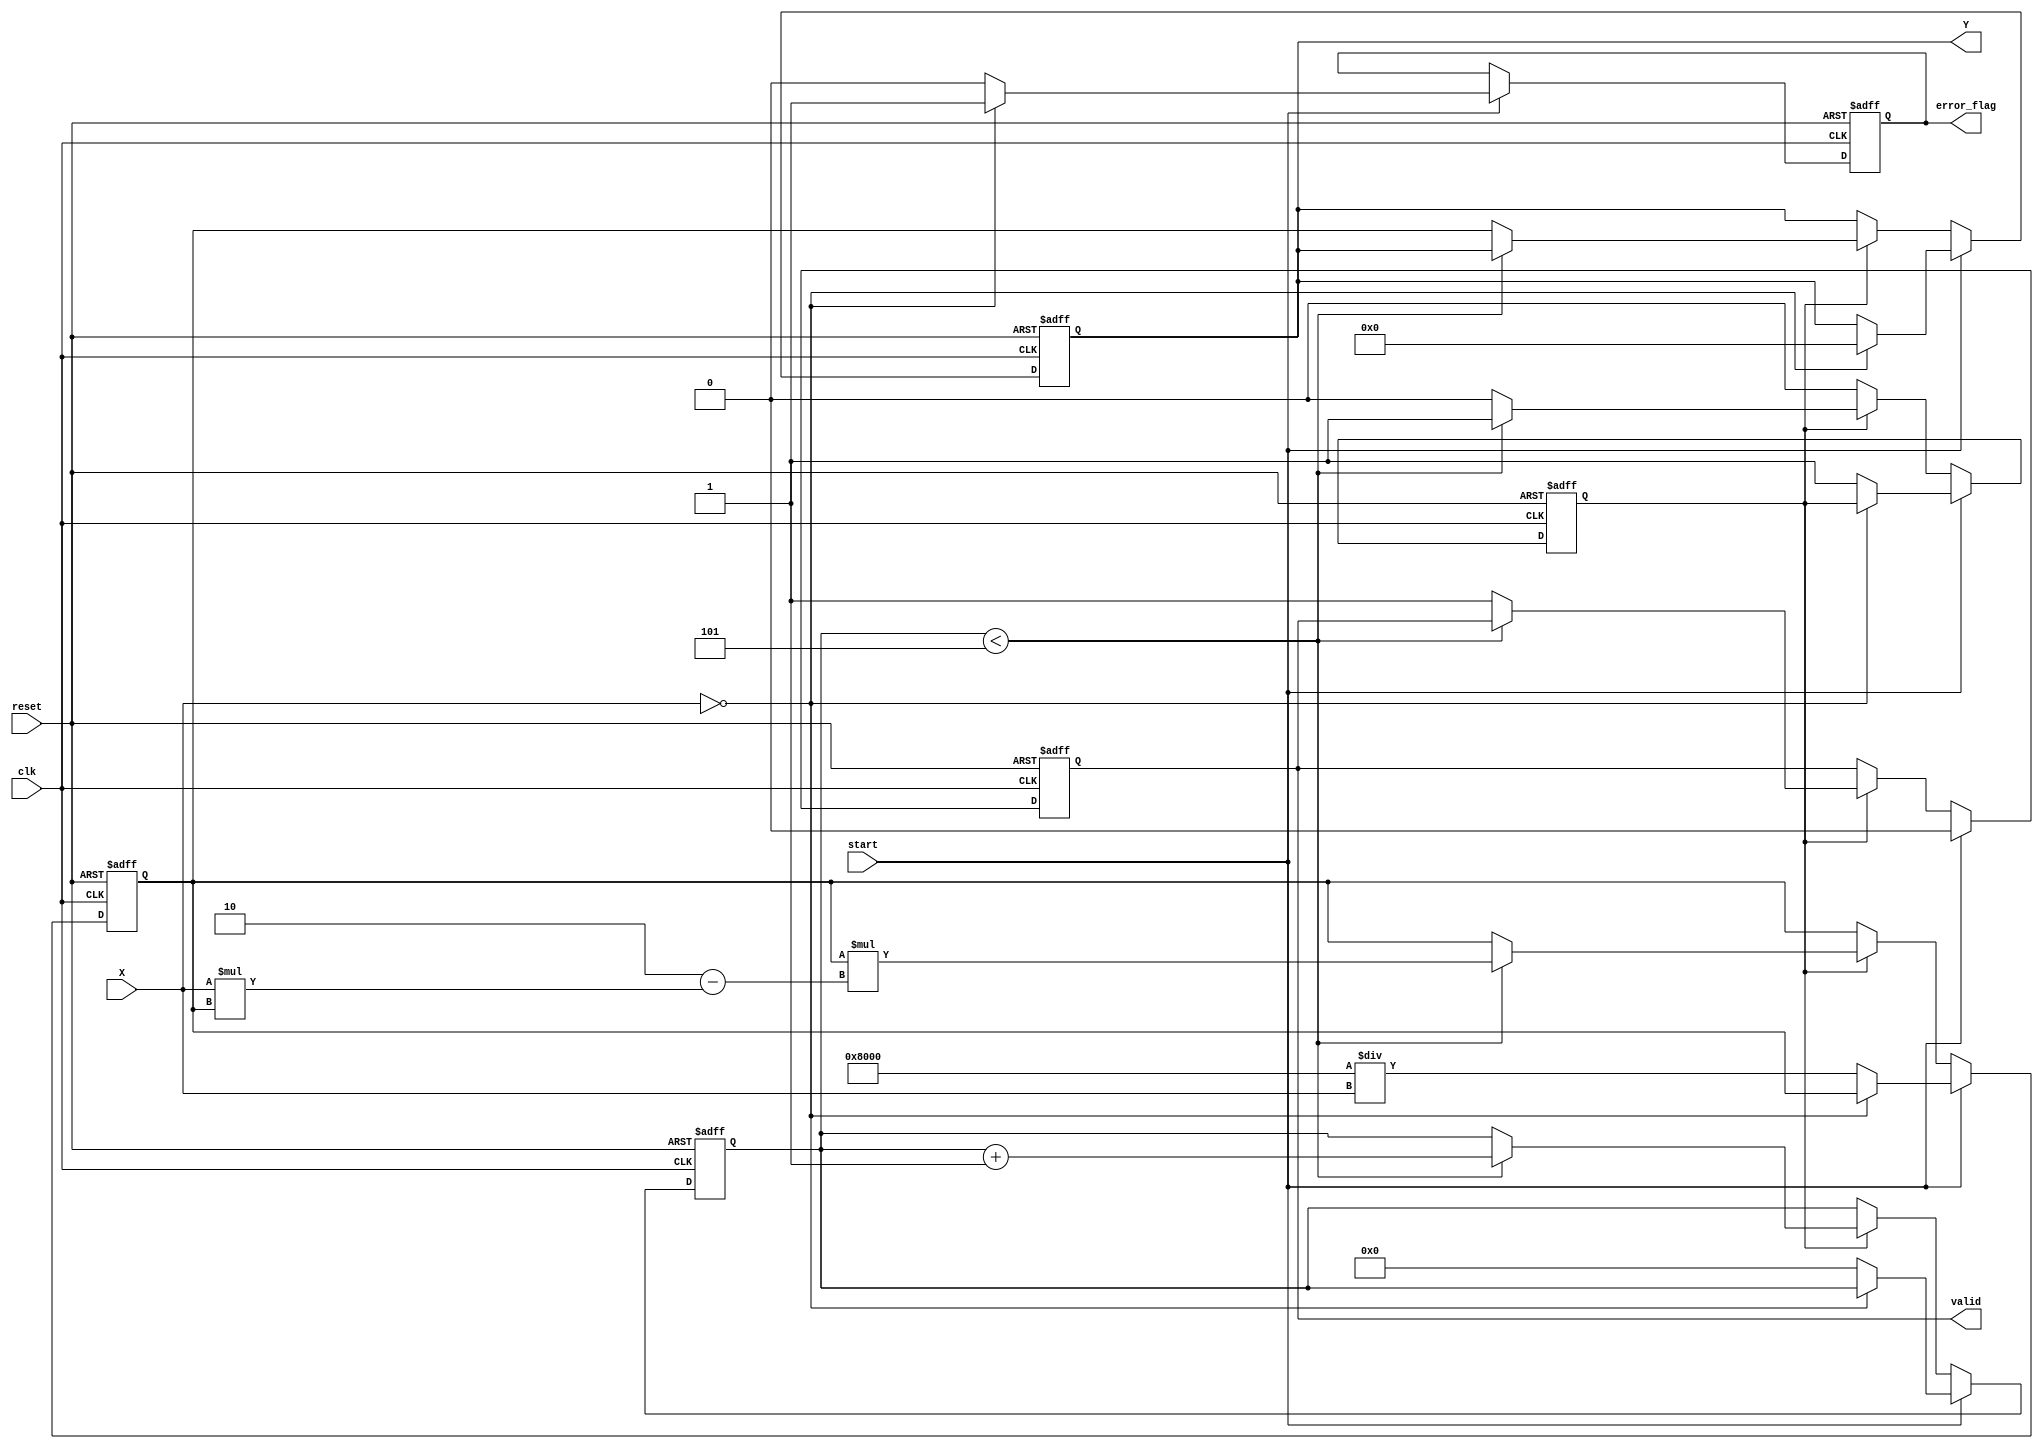
module DirectReciprocalUnit #(
    parameter WIDTH = 16,  // Width of input and output
    parameter ITERATIONS = 5 // Number of iterations for Newton-Raphson
)(
    input clk,
    input reset,
    input start,
    input [WIDTH-1:0] X,        // Input data
    output reg [WIDTH-1:0] Y,   // Reciprocal result
    output reg valid,            // Valid output signal
    output reg error_flag        // Error flag
);

    // Internal parameters
    reg [WIDTH-1:0] estimate;     // Current estimate for the reciprocal
    reg [3:0] count;               // Iteration counter
    reg computing;                 // Status flag for computation running

    // State handling
    always @(posedge clk or posedge reset) begin
        if (reset) begin
            Y <= 0;
            valid <= 0;
            error_flag <= 0;
            estimate <= 0;
            count <= 0;
            computing <= 0;
        end else begin
            if (start) begin
                if (X == 0) begin
                    error_flag <= 1;       // Handle division by zero
                    Y <= 0;
                    valid <= 0;
                end else begin
                    error_flag <= 0;       // Clear error flag
                    estimate <= {1'b1, {WIDTH-1{1'b0}}} / X; // Initial guess (1/X)
                    count <= 0;
                    valid <= 0;
                    computing <= 1;         // Start computing
                end
            end else if (computing) begin
                if (count < ITERATIONS) begin
                    // Newton-Raphson iteration
                    estimate <= estimate * (2 - X * estimate);
                    count <= count + 1; 
                end else begin
                    Y <= estimate;         // Final result
                    valid <= 1;            // Signal result is valid
                    computing <= 0;        // Stop computing
                end
            end
        end
    end
endmodule